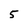
Character: 5